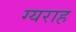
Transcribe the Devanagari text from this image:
ग्यराह